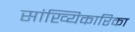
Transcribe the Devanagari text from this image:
सांख्यिकारिका